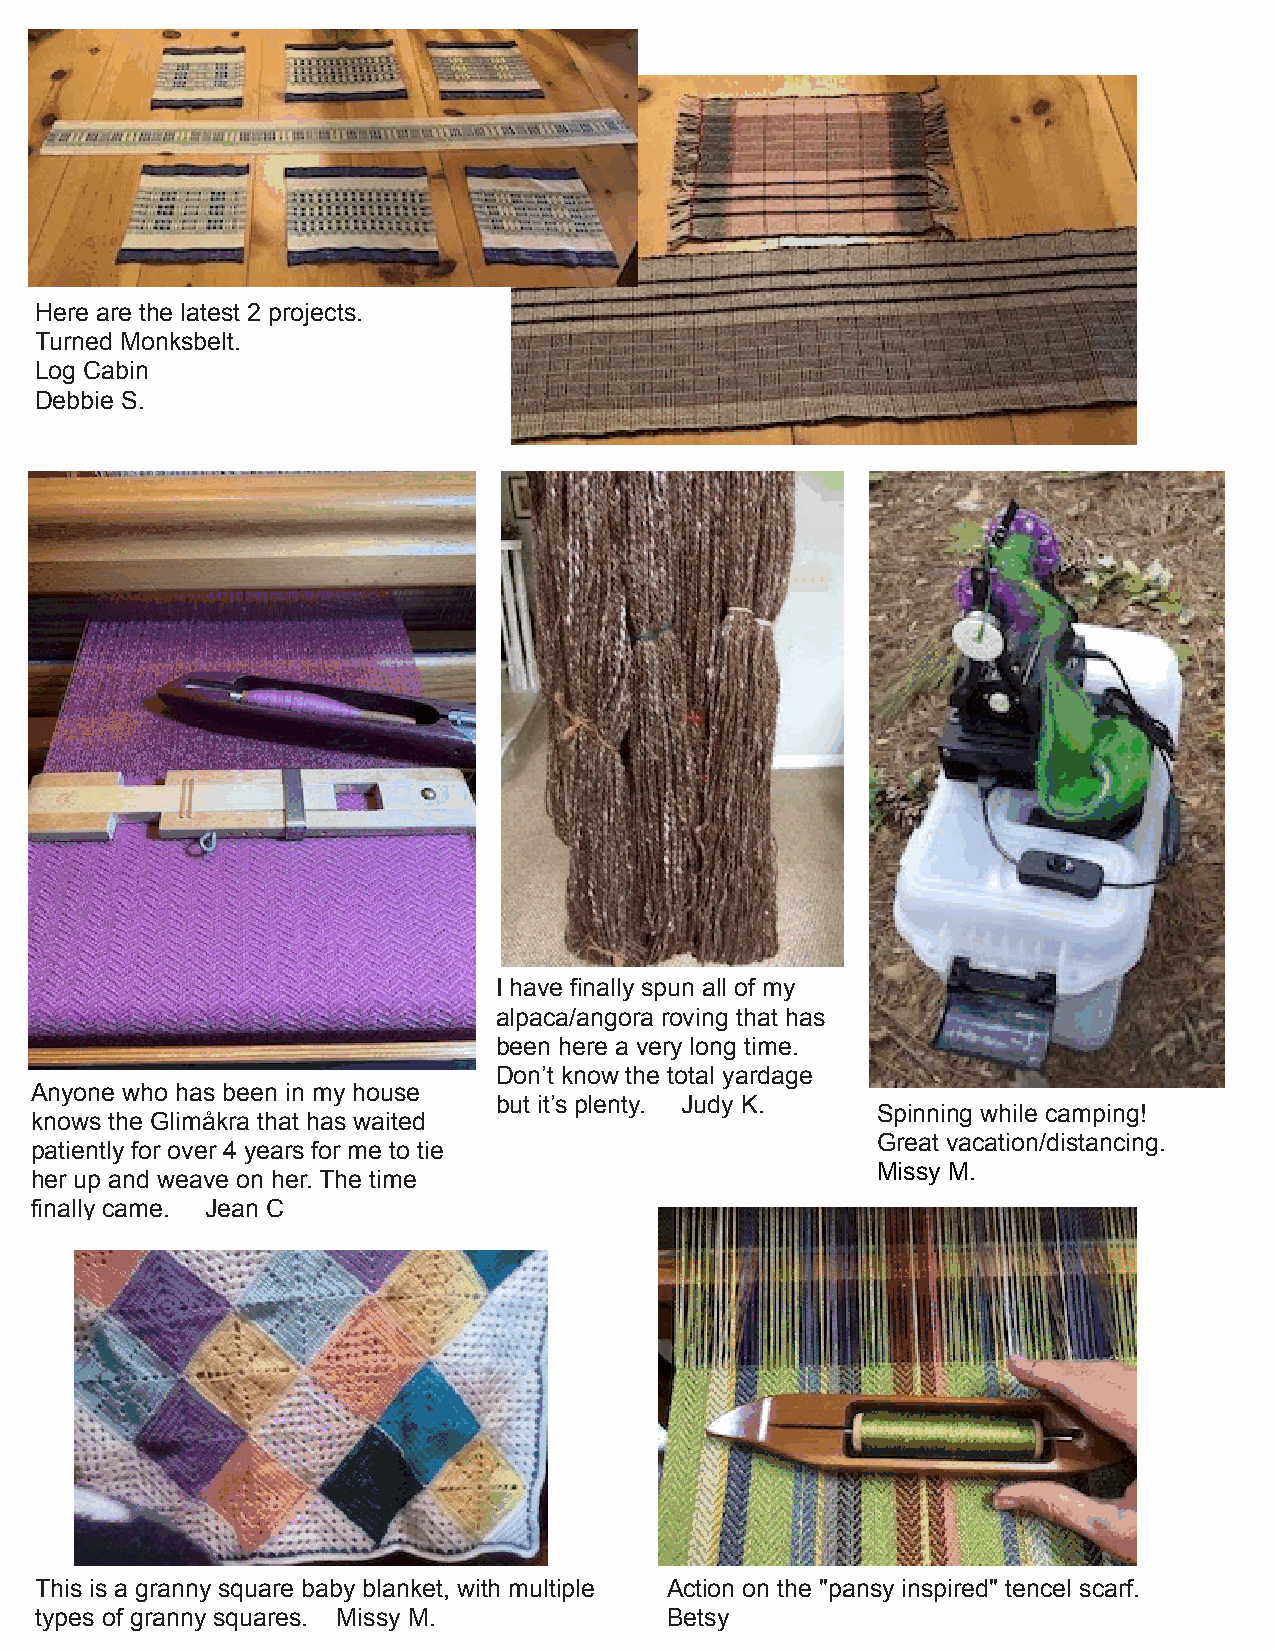
Here are the latest 2 projects.
 Turned Monksbelt.
 Log Cabin
 Debbie S.
 I have finally spun all of my
 alpaca/angora roving that has
 been here a very long time.
 Don’t know the total yardage
 Anyone who has been in my house
 but it’s plenty. Judy K.
 Spinning while camping!
 knows the Glimåkra that has waited
 Great vacation/distancing.
 patiently for over 4 years for me to tie
 Missy M.
 her up and weave on her. The time
 finally came. Jean C
 This is a granny square baby blanket, with multiple Action on the "pansy inspired" tencel scarf.
 types of granny squares. Missy M.         Betsy